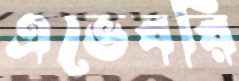
এভেবরি